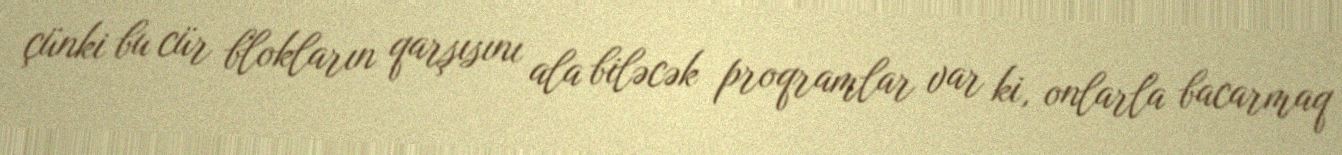
çünki bu cür blokların qarşısını ala biləcək proqramlar var ki, onlarla bacarmaq